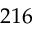
2 1 6